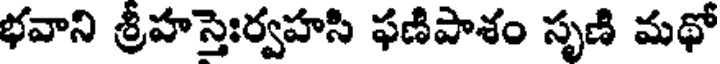
భవాని శ్రీహస్తెఃర్వహసి ఫణిపాశం సృణి మథో